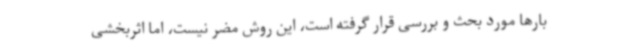
بارها مورد بحث و بررسی قرار گرفته است، این روش مضر نیست، اما اثربخشی